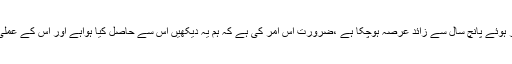
اٹھارویں ترمیم کو منظور ہوئے پانچ سال سے زائد عرصہ ہوچکا ہے ،ضرورت اس امر کی ہے کہ ہم یہ دیکھیں اس سے حاصل کیا ہواہے اور اس کے عملی نتائج کیا برپا ہوئے ہیں۔